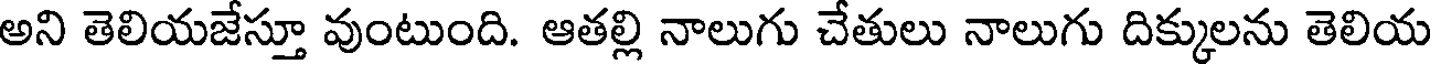
అని తెలియజేస్తూ వుంటుంది. ఆతల్లి నాలుగు చేతులు నాలుగు దిక్కులను తెలియ